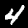
Digit: 4